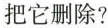
把它删除?